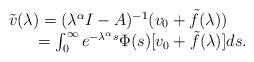
LaTeX: \begin{align*}\begin{array}{l}\tilde{v}(\lambda)=(\lambda^\alpha I-A)^{-1}(v_0+\tilde{f}(\lambda))\\{\kern 18pt}=\int_0^\infty{e^{-\lambda^\alpha s}\Phi(s)[v_0+\tilde{f}(\lambda)]}ds.\end{array}\end{align*}